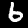
Digit: 6